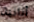
أنانية